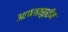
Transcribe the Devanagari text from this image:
आफताबुद्दीन